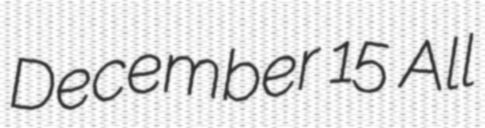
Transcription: December 15 All